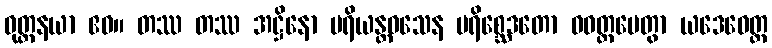
ဝုတ္တနယာ ဧဝ။ တဿ တဿ အဋ္ဌိနော ပရိယန္တဝသေန ပရိစ္ဆေဒတော ဝဝတ္ထပေတွာ ယဒေဝေတ္ထ